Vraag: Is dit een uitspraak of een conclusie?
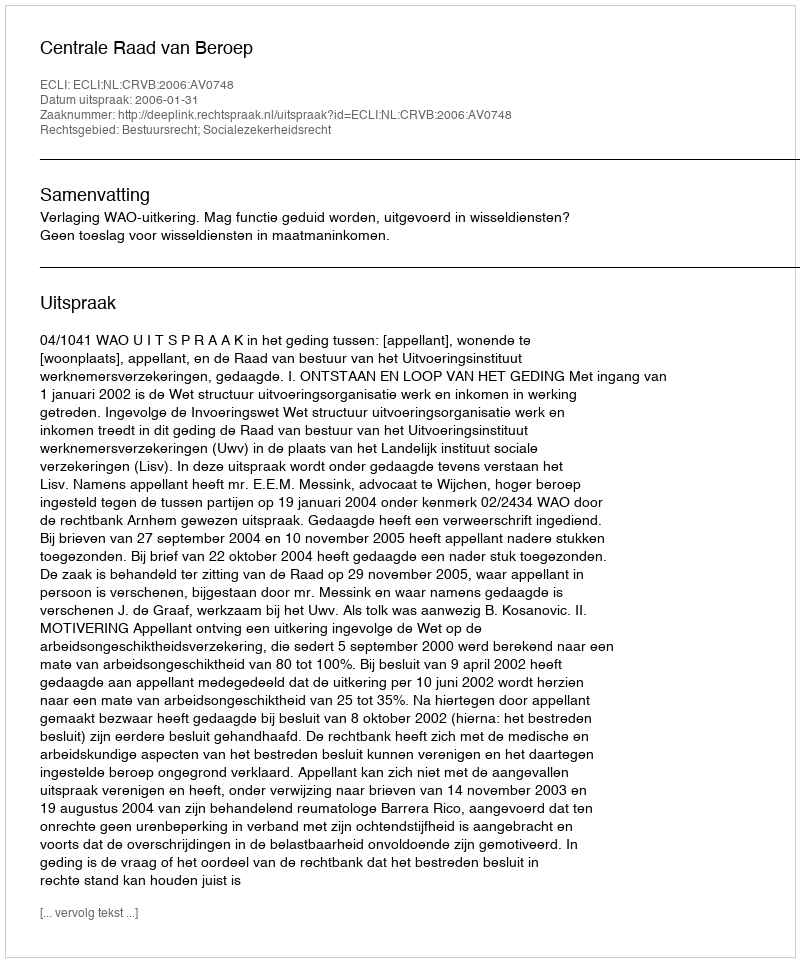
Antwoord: Uitspraak